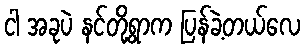
ငါ အခုပဲ နင်တို့ရွာက ပြန်ခဲ့တယ်လေ